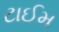
ટાઈમ